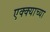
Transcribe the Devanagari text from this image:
एक्क्याच्या